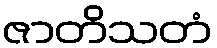
ဇာတိသတံ